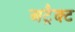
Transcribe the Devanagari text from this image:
अट्रैक्ट